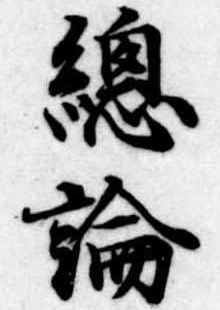
総論